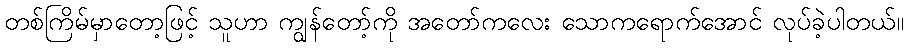
တစ်ကြိမ်မှာတော့ဖြင့် သူဟာ ကျွန်တော့်ကို အတော်ကလေး သောကရောက်အောင် လုပ်ခဲ့ပါတယ်။